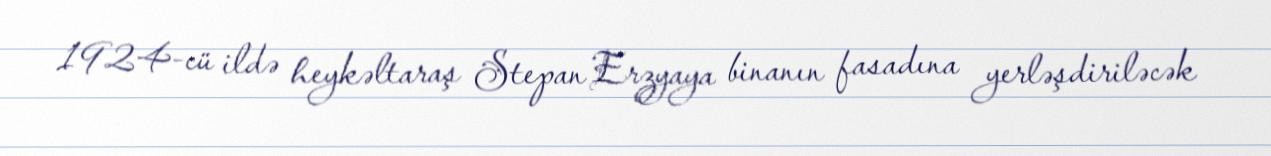
1924-cü ildə heykəltaraş Stepan Erzyaya binanın fasadına yerləşdiriləcək